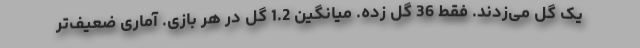
یک گل می‌زدند. فقط 36 گل زده. میانگین 1.2 گل در هر بازی. آماری ضعیف‌تر